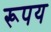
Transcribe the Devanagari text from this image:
रूपय